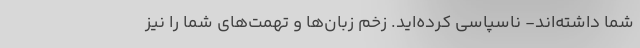
شما داشته‌اند- ناسپاسی کرده‌اید. زخم زبان‌ها و تهمت‌های شما را نیز